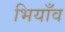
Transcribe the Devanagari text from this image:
भियाँव